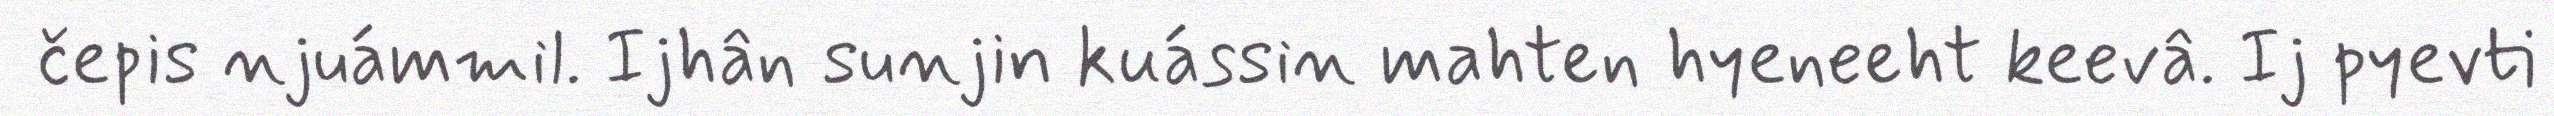
čepis njuámmil. Ijhân sunjin kuássin mahten hyeneeht keevâ. Ij pyevti